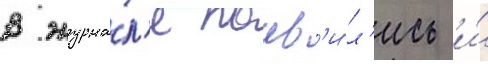
В журна́л'е поав'и́л'ись и́